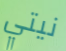
نيتي